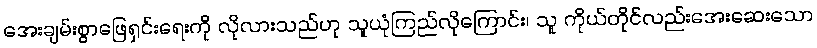
အေးချမ်းစွာဖြေရှင်းရေးကို လိုလားသည်ဟု သူယုံကြည်လိုကြောင်း၊ သူ ကိုယ်တိုင်လည်းအေးဆေးသော